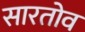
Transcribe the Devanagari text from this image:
सारतोव